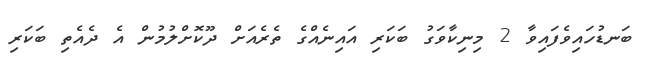
ބަނޑުހައިވެފައިވާ 2 މިނިކާވަގު ބަކަރި އައިނެއްގެ ތެރެއަށް ދޫކޮށްލުމުން އެ ދެއެތި ބަކަރި